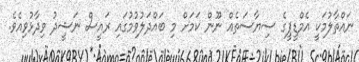
ނައްތާލުމަކީ އެމްޑީޕީގެ ސިޔާސަތެއް ނޫން ކަމަށް މި ބައްދަލުވުމުގައި ރައީސް ނަޝީދު ވިދާޅުވިއެވެ.